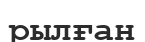
рылған